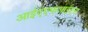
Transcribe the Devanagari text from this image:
आईएएफआईएस